Report on sanitation, dispensaries, and jails in Rajputana for 1921, and on vaccination for the year 1921-1922 - 1921-1922
Year: 1921
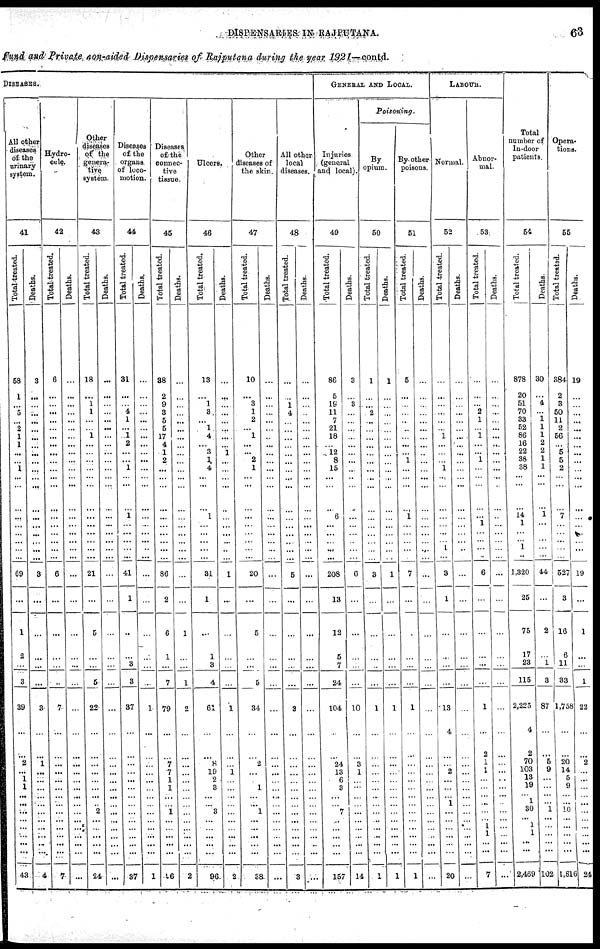
DISPENSARIES IN RAJPUTANA.
63
Fund and Private non-aided Dispensaries of Rajputana during the year 1921—contd.
DISEASES.
All other
diseases
of the
urinary
system.
41
Total treated.
58
1
... 5
...
2
1
1
...
...
1
...
...
...
...
...
...
...
...
...
69
...
1
2
...
3
39
...
...
2
...
1
1
...
...
...
... ...
...
...
...
43
Deaths.
3
...
...
...
...
...
...
...
...
...
...
...
...
...
...
...
...
...
...
...
3
...
...
...
...
...
3
...
...
1
...
...
...
...
...
... ...
...
...
...
...
4
Hydro¬
cele.
42
Total-treated.
6
...
...
...
...
...
...
...
...
...
...
...
...
...
...
...
...
...
...
...
6
...
...
...
...
...
7
...
...
...
...
...
...
...
...
... ...
...
...
...
...
7
Deaths.
...
...
...
...
...
...
...
...
...
...
...
...
...
...
...
...
...
...
...
...
...
...
...
...
...
...
...
...
...
...
...
...
...
...
...
...
...
...
...
...
...
...
Other
diseases
of the
genera-
tive
system.
43
Total treated.
18
...
1
1
...
...
1
...
...
...
...
...
...
...
...
...
...
...
...
...
21
...
5
...
...
5
22
...
...
...
...
...
...
...
2
...
...
... ...
...
...
24
Deaths.
...
...
...
...
...
...
...
...
...
...
...
...
...
...
...
...
...
...
...
...
...
...
...
...
...
...
...
...
...
...
...
...
...
...
...
...
...
...
...
...
...
...
Diseases
of the
organs.
of loco-
motion.
44
Total treated.
31
...
...
4
1
...
1
2
...
...
1
...
...
...
1
...
...
...
...
...
41
1
...
...
3
3
37
...
...
...
...
...
...
...
...
...
...
... ...
...
...
37
Deaths.
...
...
...
...
...
...
...
...
...
...
...
...
...
...
...
...
...
...
...
...
...
...
...
...
...
...
1
...
...
...
...
...
...
...
...
...
... ...
...
...
...
1
Diseases
of the
connec-
tive
tissue.
45
Total treated.
38
2
9
3
5
5
17
4
1
2
...
...
...
...
...
...
...
...
...
...
86
2
6
1
...
7
79
...
...
7
7
1
1
...
1
... ...
...
...
...
...
16
Deaths.
...
...
...
...
...
...
...
...
...
...
...
...
...
...
...
...
...
...
...
...
...
...
1
...
...
1
2
...
...
...
...
...
...
...
...
...
... ...
...
...
...
2
Ulcers.
46
Total treated.
13
...
1
3
...
1
4
...
3
1
4
...
...
...
1
...
...
...
...
...
31
1
...
1
3
4
61
...
...
8
19
2
3
...
3
...
... ...
...
...
...
96
Deaths.
...
...
...
...
...
...
...
...
1
...
...
...
...
...
...
...
...
...
...
...
1
...
...
...
...
...
1
...
...
...
1
...
...
...
...
...
...
... ...
...
...
2
Other
diseases of
the skin.
47
Total treated.
10
...
3
1
2
...
1
...
...
2
1
...
...
...
...
...
...
...
...
...
20
...
5
...
...
5
34
...
...
2
...
...
1
...
1
... ...
...
...
...
...
38
Deaths.
...
...
...
...
...
...
...
...
...
...
...
...
...
...
...
...
...
...
...
...
...
...
...
...
...
...
...
...
...
...
...
...
...
...
...
...
...
...
...
...
...
...
All other
local
diseases.
48
Total
treated.
...
...
1
4
...
...
...
...
...
...
...
...
...
...
...
...
...
...
...
...
5
...
...
...
...
...
3
...
...
...
...
...
...
...
...
...
...
...
...
...
...
3
Deaths.
...
...
...
...
...
...
...
...
...
...
...
...
...
...
...
...
...
...
...
...
...
...
...
...
...
...
...
...
...
...
...
...
...
...
...
...
...
... ...
...
...
...
GENERAL AND LOCAL.
Injuries
(general
and local).
49
Total treated.
86
5
19
11
7
21
18
...
12
8
15
...
...
...
6
...
...
...
...
...
208
13
12
5
7
24
104
...
...
24
13
6
3
...
7
... ...
... ...
...
...
157
Deaths.
3
...
3
...
...
...
...
...
...
...
...
...
...
...
...
...
...
...
...
...
6
...
...
...
...
...
10
...
...
3
1
...
...
...
...
...
... ...
...
...
...
14
Poisoning.
By
opium.
50
Total treated.
1
...
...
2
...
...
...
...
...
...
...
...
...
...
...
...
...
...
...
...
3
...
...
...
...
...
1
...
...
...
...
...
...
...
...
...
... ...
...
...
...
1
Deaths.
1
...
...
...
...
...
...
...
...
...
...
...
...
...
...
...
...
...
...
...
1
...
...
...
...
...
1
...
...
...
...
...
...
...
...
...
... ...
...
...
...
1
By other
poisons.
51
Total treated.
5
...
...
...
...
...
...
...
...
1
...
...
...
...
1
...
...
...
...
...
7
...
...
...
...
...
1
...
...
...
...
...
...
...
...
...
... ...
...
...
...
1
Deaths.
...
...
...
...
...
...
...
...
...
...
...
...
...
...
...
...
...
...
...
...
...
...
...
...
...
...
...
...
...
...
...
...
...
...
...
...
...
...
...
...
...
...
LABOUR.
Normal.
52
Total treated.
...
...
...
...
...
...
1
...
...
...
1
...
...
...
...
...
...
...
1
...
3
1
...
...
...
...
13
4
...
...
2
...
...
1
...
...
...
... ...
...
...
20
Deaths.
...
...
...
...
...
...
...
...
...
...
...
...
...
...
...
...
...
...
...
...
...
...
...
...
...
...
...
...
...
...
...
...
...
...
...
...
...
... ...
...
...
...
Abnor-
mal.
53
Total treated.
...
...
...
2
1
...
1
...
...
1
...
...
...
...
...
1
...
...
...
...
6
...
...
...
...
...
1
...
2
1
1
...
...
...
...
... 1
1
...
...
...
7
Deaths.
...
...
...
...
...
...
...
...
...
...
...
...
...
...
...
...
...
...
...
...
...
...
...
...
...
...
...
...
...
...
...
...
...
...
...
...
...
... ...
...
...
...
Total
number of
In-door
patients.
54
Total treated.
878
20
51
70
33
52
86
16
22
38
38
...
...
...
14
1
...
1
...
...
1,320
25
75
17
23
115
2,225
4
2
70
103
13
19
1
30
... 1
1
...
...
...
2,469
Deaths.
30
...
4
...
1
1
1
2
2
1
1
...
...
...
1
...
...
...
...
...
44
...
2
...
1
3
87
...
...
5
9
...
...
...
1
...
...
... ...
...
...
102
Opera-
tions.
55
Total treated.
384
2
3
50
11
2
56
...
5
5
2
...
...
...
7
...
...
...
...
...
527
3
16
6
11
33
1,758
...
...
20
14
5
9
...
10
...
...
... ...
...
...
1,816
Deaths.
19
...
...
...
...
...
...
...
...
...
...
...
...
...
...
...
...
...
...
...
19
...
1
...
...
1
22
...
...
2
...
...
...
...
...
...
...
... ...
...
...
24